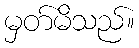
မှတ်မိသည်။